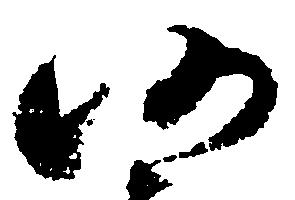
仍